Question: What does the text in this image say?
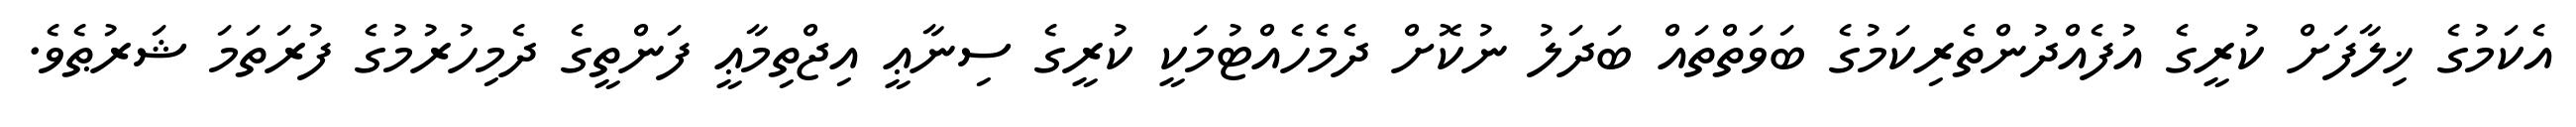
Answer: އެކަމުގެ ޚިލާފަށް ކުރީގެ އުފެއްދުންތެރިކަމުގެ ބަވަތްތައް ބަދަލު ނުކޮށް ދެމެހެއްޓުމަކީ ކުރީގެ ސިނާޢީ އިޖްތިމާޢީ ފަންތީގެ ދެމިހުރުމުގެ ފުރަތަމަ ޝަރުޠެވެ.